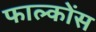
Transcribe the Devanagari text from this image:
फाल्कोंस